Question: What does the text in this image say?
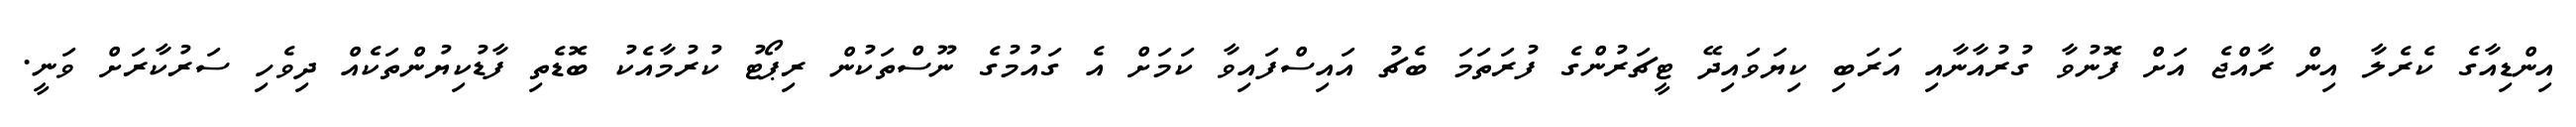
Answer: އިންޑިއާގެ ކެރެލާ އިން ރާއްޖެ އަށް ފޮނުވާ ގުރުއާނާއި އަރަބި ކިޔަވައިދޭ ޓީޗަރުންގެ ފުރަތަމަ ބެޗު އައިސްފައިވާ ކަމަށް އެ ގައުމުގެ ނޫސްތަކުން ރިޕޯޓު ކުރުމާއެކު ބޮޑެތި ފާޑުކިޔުންތަކެއް ދިވެހި ސަރުކާރަށް ވަނީ.